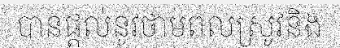
បានផ្តល់នូវថាមពលស្រូវនិង